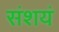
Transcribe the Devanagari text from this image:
संशयं